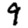
Digit: 9